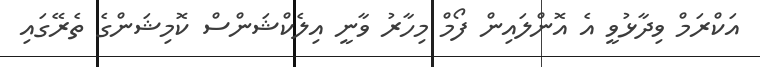
އަކްރަމް ވިދާޅުވީ އެ އޮންލައިން ފޯމް މިހާރު ވާނީ އިލެކްޝަންސް ކޮމިޝަންގެ ތެރޭގައި